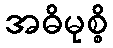
အဓိမုစ္စိ